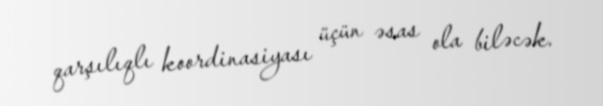
qarşılıqlı koordinasiyası üçün əsas ola biləcək.